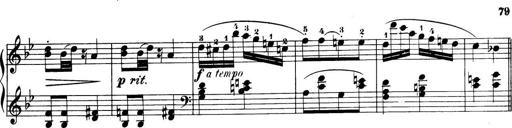
Title: 32 Sonatinas and Rondos for the Piano
Composer: Richard Kleinmichel